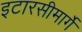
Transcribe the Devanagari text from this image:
इटारसीमार्गे